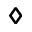
\diamond